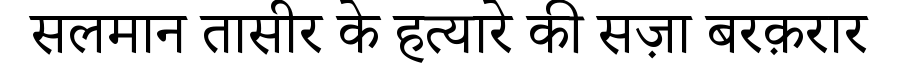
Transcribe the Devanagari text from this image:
सलमान तासीर के हत्यारे की सज़ा बरक़रार